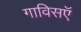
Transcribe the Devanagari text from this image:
गाविसऍ